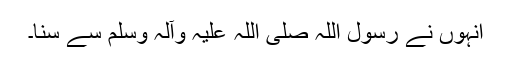
انہوں نے رسول اللہ صلی اللہ علیہ وآلہ وسلم سے سنا۔